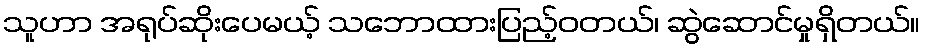
သူဟာ အရုပ်ဆိုးပေမယ့် သဘောထားပြည့်ဝတယ်၊ ဆွဲဆောင်မှုရှိတယ်။